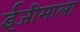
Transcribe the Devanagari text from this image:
ईजीमाला